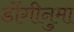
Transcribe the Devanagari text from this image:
डोंगीनुमा